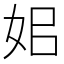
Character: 㚶